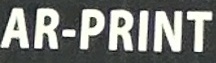
AR-PRINT